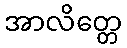
အာလိတ္တေ